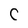
Character: C